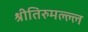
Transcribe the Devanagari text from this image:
श्रीतिरुमल्ल्ल